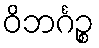
ဝိဘင်္ဂဉ္စ